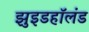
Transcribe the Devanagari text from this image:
झुइडहॉलंड